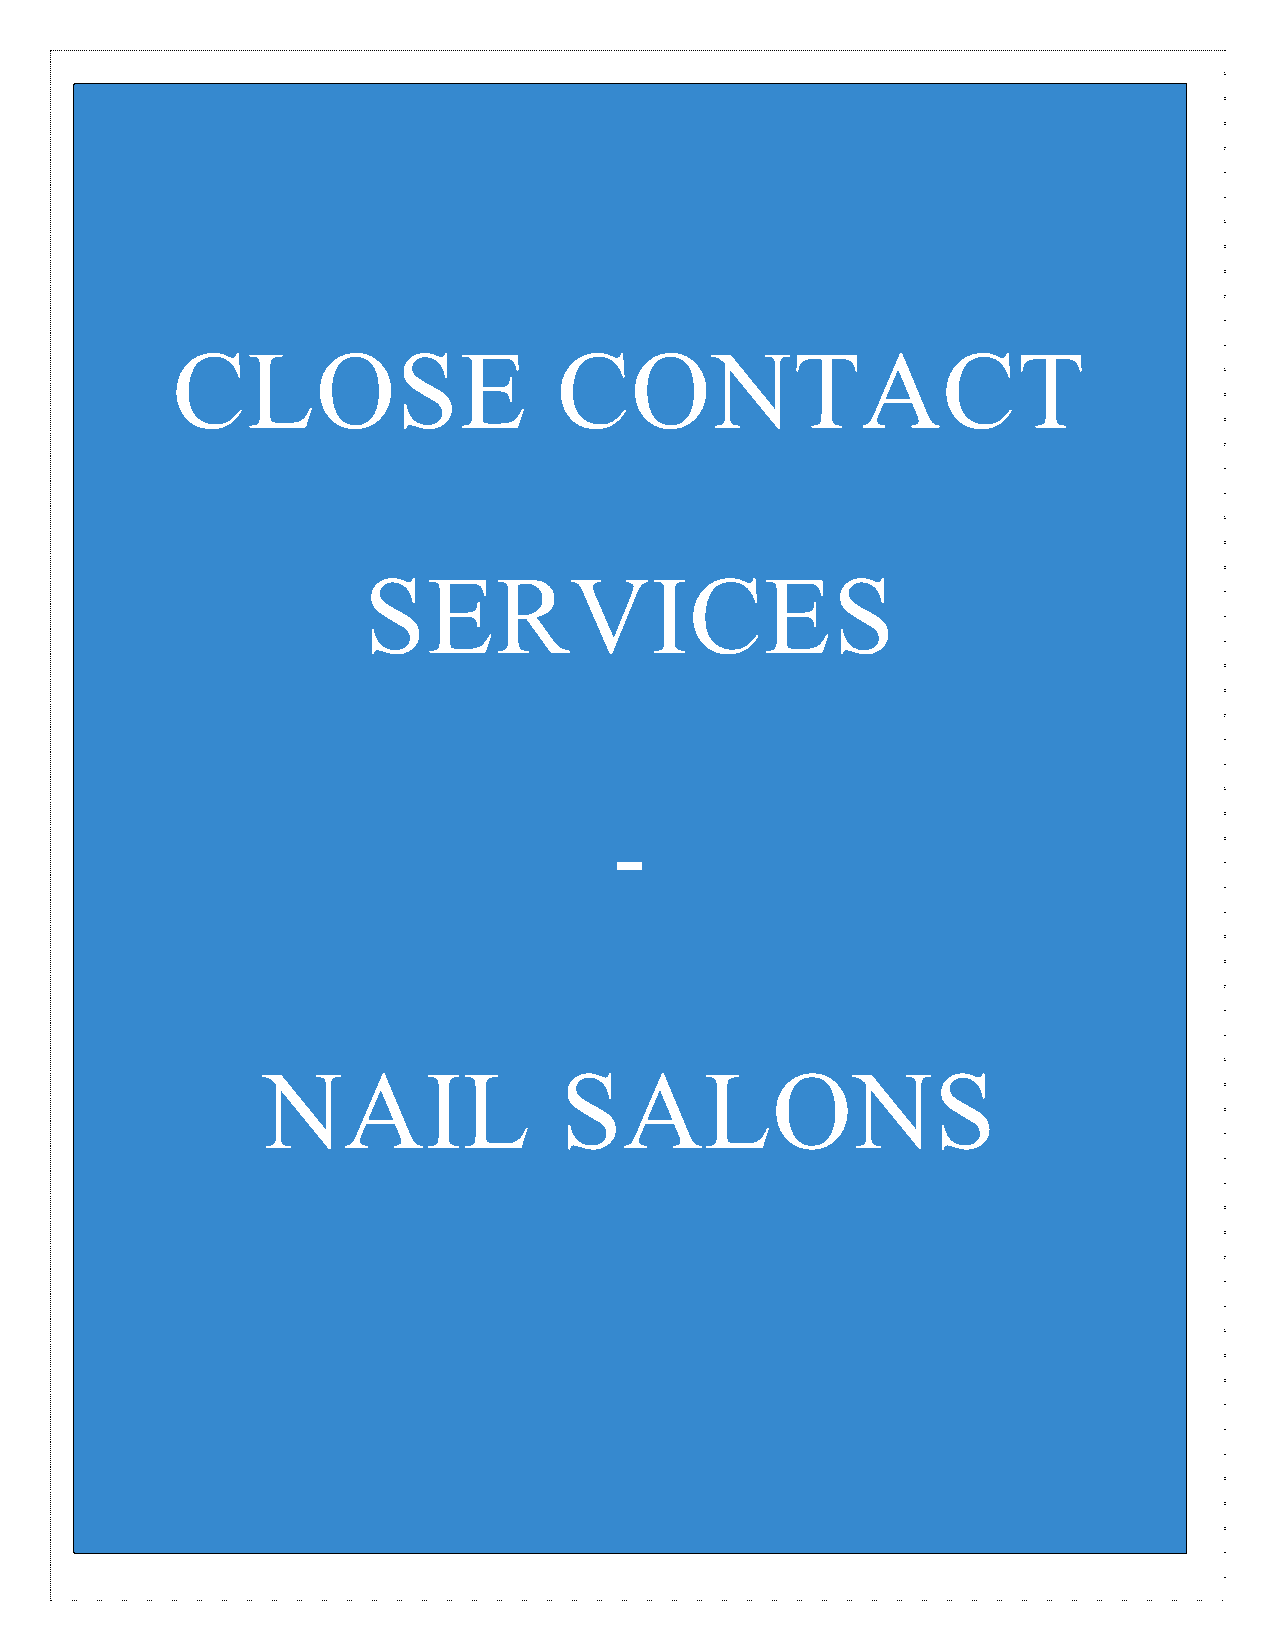
CLOSE                     CONTACT
 RE
 SERVICES
 TAI
 -
 L
 NAIL                SALONS